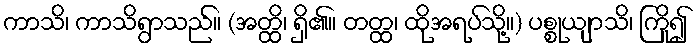
ကာသိ၊ ကာသိရွာသည်။ (အတ္ထိ၊ ရှိ၏။ တတ္ထ၊ ထိုအရပ်သို့။) ပစ္စုယျာသိ၊ ကြို၍